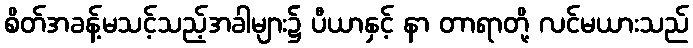
စိတ်အခန့်မသင့်သည့်အခါများ၌ ပီယာနှင့် နာ တာရာတို့ လင်မယားသည်